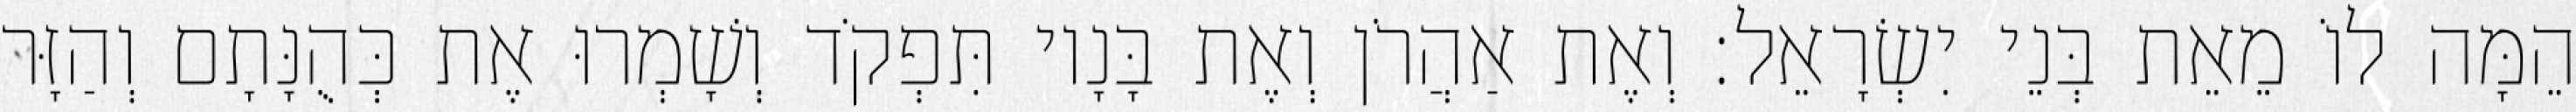
הֵמָּה לוֹ מֵאֵת בְּנֵי יִשְׂרָאֵל׃ וְאֶת אַהֲרֹן וְאֶת בָּנָיו תִּפְקֹד וְשָׁמְרוּ אֶת כְּהֻנָּתָם וְהַזָּר